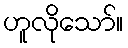
ဟူလိုသော်။